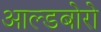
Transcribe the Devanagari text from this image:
आल्डबोरो